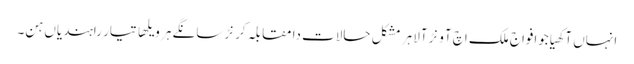
انہاں آکھیاجوافواج ملک اچ آونڑ آلا ہر مشکل حالات دا مقابلہ کرنڑ سانگے ہر ویلھا تیار راہندیاں ہن۔